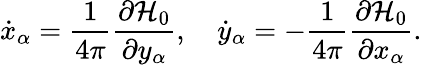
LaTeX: \dot{x}_{\alpha}=\frac{1}{4\pi}\frac{\partial\mathcal H_{0}}{\partial y_{\alpha}},\quad\dot{y}_{\alpha}=-\frac{1}{4\pi}\frac{\partial\mathcal H_{0}}{\partial x_{\alpha}}.